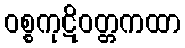
ဝစ္စကုဋိဝတ္တကထာ